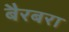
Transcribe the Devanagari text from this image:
बैरबरा